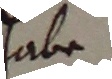
habe.